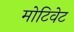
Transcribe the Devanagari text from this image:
मोटिवेट